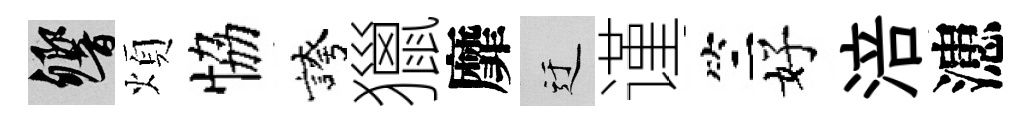
響煩恊誇獵靡迂谨竺好涪漶